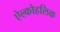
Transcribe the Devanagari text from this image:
ऐल्कोहलिक